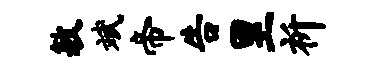
敏斌帝告里祈